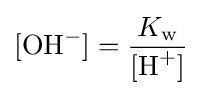
[{\ce {OH-}}]={\frac {K_{\mathrm {w} }}{[{\ce {H+}}]}}